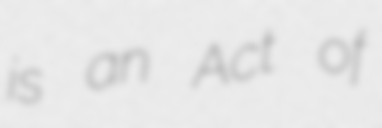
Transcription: is an Act of